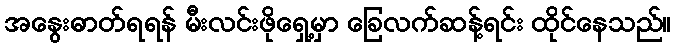
အနွေးဓာတ်ရရန် မီးလင်းဖိုရှေ့မှာ ခြေလက်ဆန့်ရင်း ထိုင်နေသည်။